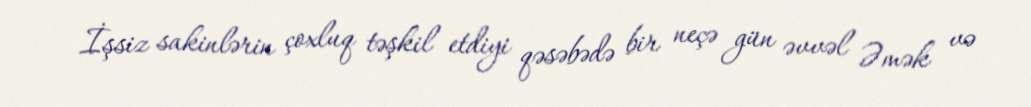
İşsiz sakinlərin çoxluq təşkil etdiyi qəsəbədə bir neçə gün əvvəl Əmək və